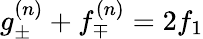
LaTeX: g_{\pm}^{(n)}+f_{\mp}^{(n)}=2f_{1}